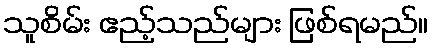
သူစိမ်း ဧည့်သည်များ ဖြစ်ရမည်။